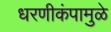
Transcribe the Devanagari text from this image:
धरणीकंपामुळे